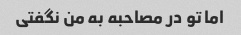
اما تو در مصاحبه به من نگفتی